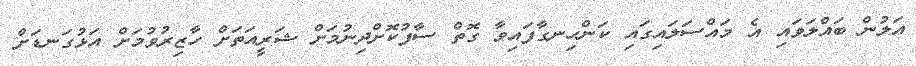
އަލުން ބައްލަވައި އެ މައްސަލައިގައި ކަންހިނގާފައިވާ ގޮތް ސާފުކޮށްދިނުމަށް ޝަރީއަތަށް ހާޒިރުވުމަށް އަޅުގަނޑަށް